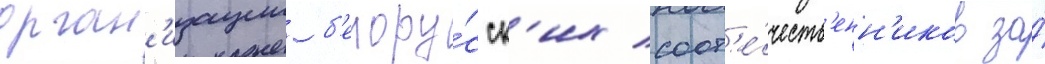
орган'изации б'елору́сск'их соот'е́честв'енн'иков за́